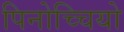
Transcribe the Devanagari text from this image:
पिनोच्चियो